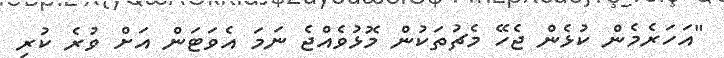
"އަހަރެމެން ކުޅެން ޖެހޭ މެޗުތަކުން މޮޅުވެއްޖެ ނަމަ އެވަޓަން އަށް ވުރެ ކުރި